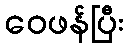
ဝေဖန်ပြီး